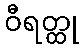
ဝီရတ္ထု